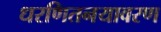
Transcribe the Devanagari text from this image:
धरणितनयावरण